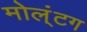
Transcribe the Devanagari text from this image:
मोल्‌ंटग